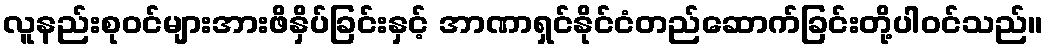
လူနည်းစုဝင်များအားဖိနှိပ်ခြင်းနှင့် အာဏာရှင်နိုင်ငံတည်ဆောက်ခြင်းတို့ပါဝင်သည်။